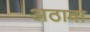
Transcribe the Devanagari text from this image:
अठावा